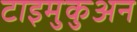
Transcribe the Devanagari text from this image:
टाइमुकुअन